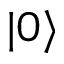
| 0 \rangle